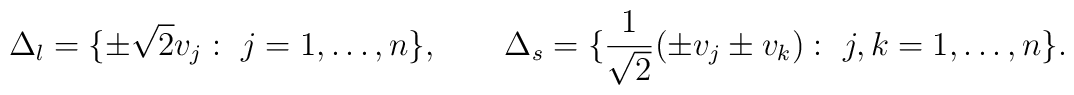
\Delta_l=\{\pm \sqrt2 v_j:\ j=1,\ldots,n\},\qquad   \Delta_s=\{{1\over{\sqrt2}}(\pm v_j\pm v_k):\ j,k=1,\ldots,n\}.